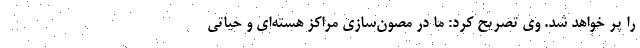
را پر خواهد شد. وی تصریح کرد: ما در مصون‌سازی مراکز هسته‌ای و حیاتی